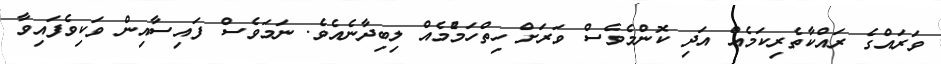
ވަރައްގެ ރައްކާތެރިކަމެއް އަދި ކޮންމެވެސް ވަރަށް ހިތްހަމެުމެއް ލިބިދާނެއެވެ. ނަމަވެސް ފައިސާއިން ވަކިވެފައިވާ